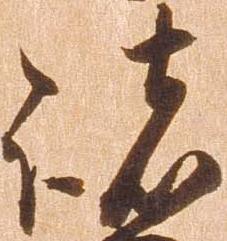
諸